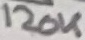
Text: 120K